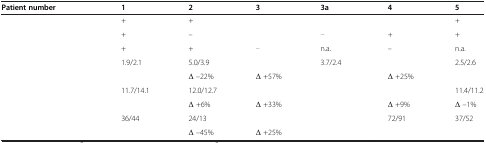
<table><thead><tr><td><b>Patient number</b></td><td><b>1</b></td><td><b>2</b></td><td><b>3</b></td><td><b>3a</b></td><td><b>4</b></td><td><b>5</b></td></tr></thead><tbody><tr><td>[EMPTY_CELL]</td><td>+</td><td>+</td><td>[EMPTY_CELL]</td><td>[EMPTY_CELL]</td><td>[EMPTY_CELL]</td><td>+</td></tr><tr><td>[EMPTY_CELL]</td><td>+</td><td>–</td><td>[EMPTY_CELL]</td><td>[EMPTY_CELL]</td><td>+</td><td>+</td></tr><tr><td>[EMPTY_CELL]</td><td>+</td><td>+</td><td>[EMPTY_CELL]</td><td>n.a.</td><td>–</td><td>n.a.</td></tr><tr><td rowspan="2">[EMPTY_CELL]</td><td>1.9/2.1</td><td>5.0/3.9</td><td>[EMPTY_CELL]</td><td>3.7/2.4</td><td>[EMPTY_CELL]</td><td>2.5/2.6</td></tr><tr><td>[EMPTY_CELL]</td><td>Δ –22%</td><td>Δ +57%</td><td>[EMPTY_CELL]</td><td>Δ +25%</td><td>[EMPTY_CELL]</td></tr><tr><td rowspan="2">[EMPTY_CELL]</td><td>11.7/14.1</td><td>12.0/12.7</td><td>[EMPTY_CELL]</td><td>[EMPTY_CELL]</td><td>[EMPTY_CELL]</td><td>11.4/11.2</td></tr><tr><td>[EMPTY_CELL]</td><td>Δ +6%</td><td>Δ +33%</td><td>[EMPTY_CELL]</td><td>Δ +9%</td><td>Δ –1%</td></tr><tr><td rowspan="2">[EMPTY_CELL]</td><td>36/44</td><td>24/13</td><td>[EMPTY_CELL]</td><td>[EMPTY_CELL]</td><td>72/91</td><td>37/52</td></tr><tr><td>[EMPTY_CELL]</td><td>Δ –45%</td><td>Δ +25%</td><td>[EMPTY_CELL]</td><td>[EMPTY_CELL]</td><td>[EMPTY_CELL]</td></tr></tbody></table>